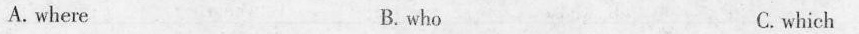
A.where B.who C.which